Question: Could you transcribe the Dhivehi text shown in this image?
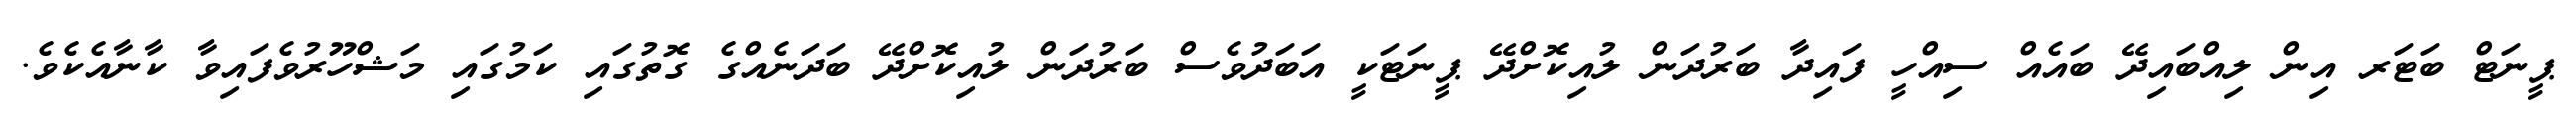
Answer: ޕީނަޓް ބަޓަރ އިން ލިއްބައިދޭ ބައެއް ސިއްހީ ފައިދާ ބަރުދަން ލުއިކޮށްދޭ ޕީނަޓަކީ އަބަދުވެސް ބަރުދަން ލުއިކޮށްދޭ ބަދަނެއްގެ ގޮތުގައި ކަމުގައި މަޝްހޫރުވެފައިވާ ކާނާއެކެވެ.